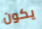
يكون